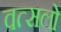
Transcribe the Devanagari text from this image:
वत्सलो